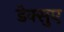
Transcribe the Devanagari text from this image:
डेक्सुए